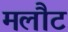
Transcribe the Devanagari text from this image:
मलौट